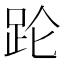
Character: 𬦧